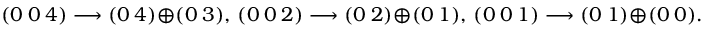
( 0 ~ 0 ~ 4 ) \longrightarrow ( 0 ~ 4 ) \oplus ( 0 ~ 3 ) , \, ( 0 ~ 0 ~ 2 ) \longrightarrow ( 0 ~ 2 ) \oplus ( 0 ~ 1 ) , \, ( 0 ~ 0 ~ 1 ) \longrightarrow ( 0 ~ 1 ) \oplus ( 0 ~ 0 ) .